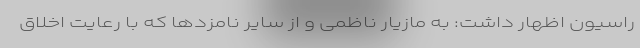
راسیون اظهار داشت: به مازیار ناظمی و از سایر نامزدها که با رعایت اخلاق